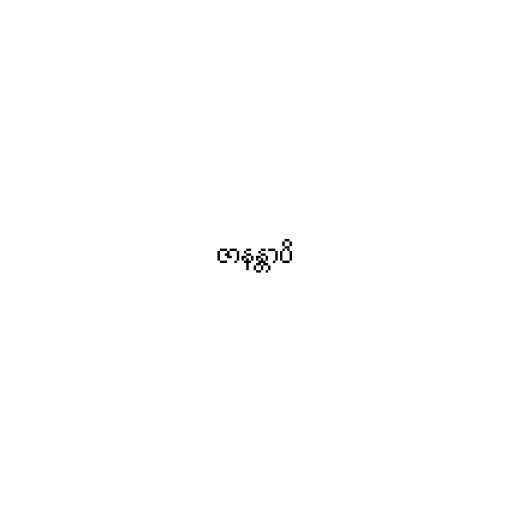
ဇာနန္တာပိ